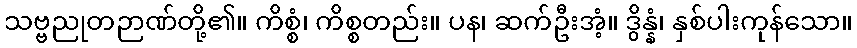
သဗ္ဗညုတဉာဏ်တို့၏။ ကိစ္စံ၊ ကိစ္စတည်း။ ပန၊ ဆက်ဦးအံ့။ ဒွိန္နံ၊ နှစ်ပါးကုန်သော။